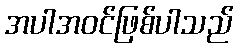
အပါအဝင်ဖြစ်ပါသည်